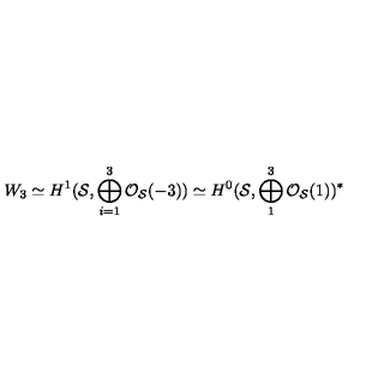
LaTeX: W _ { 3 } \simeq H ^ { 1 } ( { \cal S } , \bigoplus _ { i = 1 } ^ { 3 } { \cal O } _ { { \cal S } } ( - 3 ) ) \simeq H ^ { 0 } ( { \cal S } , \bigoplus _ { 1 } ^ { 3 } { \cal O } _ { { \cal S } } ( 1 ) ) ^ { * }